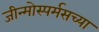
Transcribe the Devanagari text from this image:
जीन्मोस्पर्मसच्या